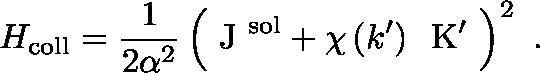
H _ { \mathrm { c o l l } } = \frac { 1 } { 2 \alpha ^ { 2 } } \left( \mathrm { \boldmath ~ J ~ } ^ { \mathrm { s o l } } + \chi \left( k ^ { \prime } \right) \, \mathrm { \boldmath ~ K ^ { \prime } ~ } \right) ^ { 2 } \ .